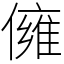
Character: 㒕